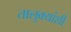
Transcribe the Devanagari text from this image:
तालुक्यांशी